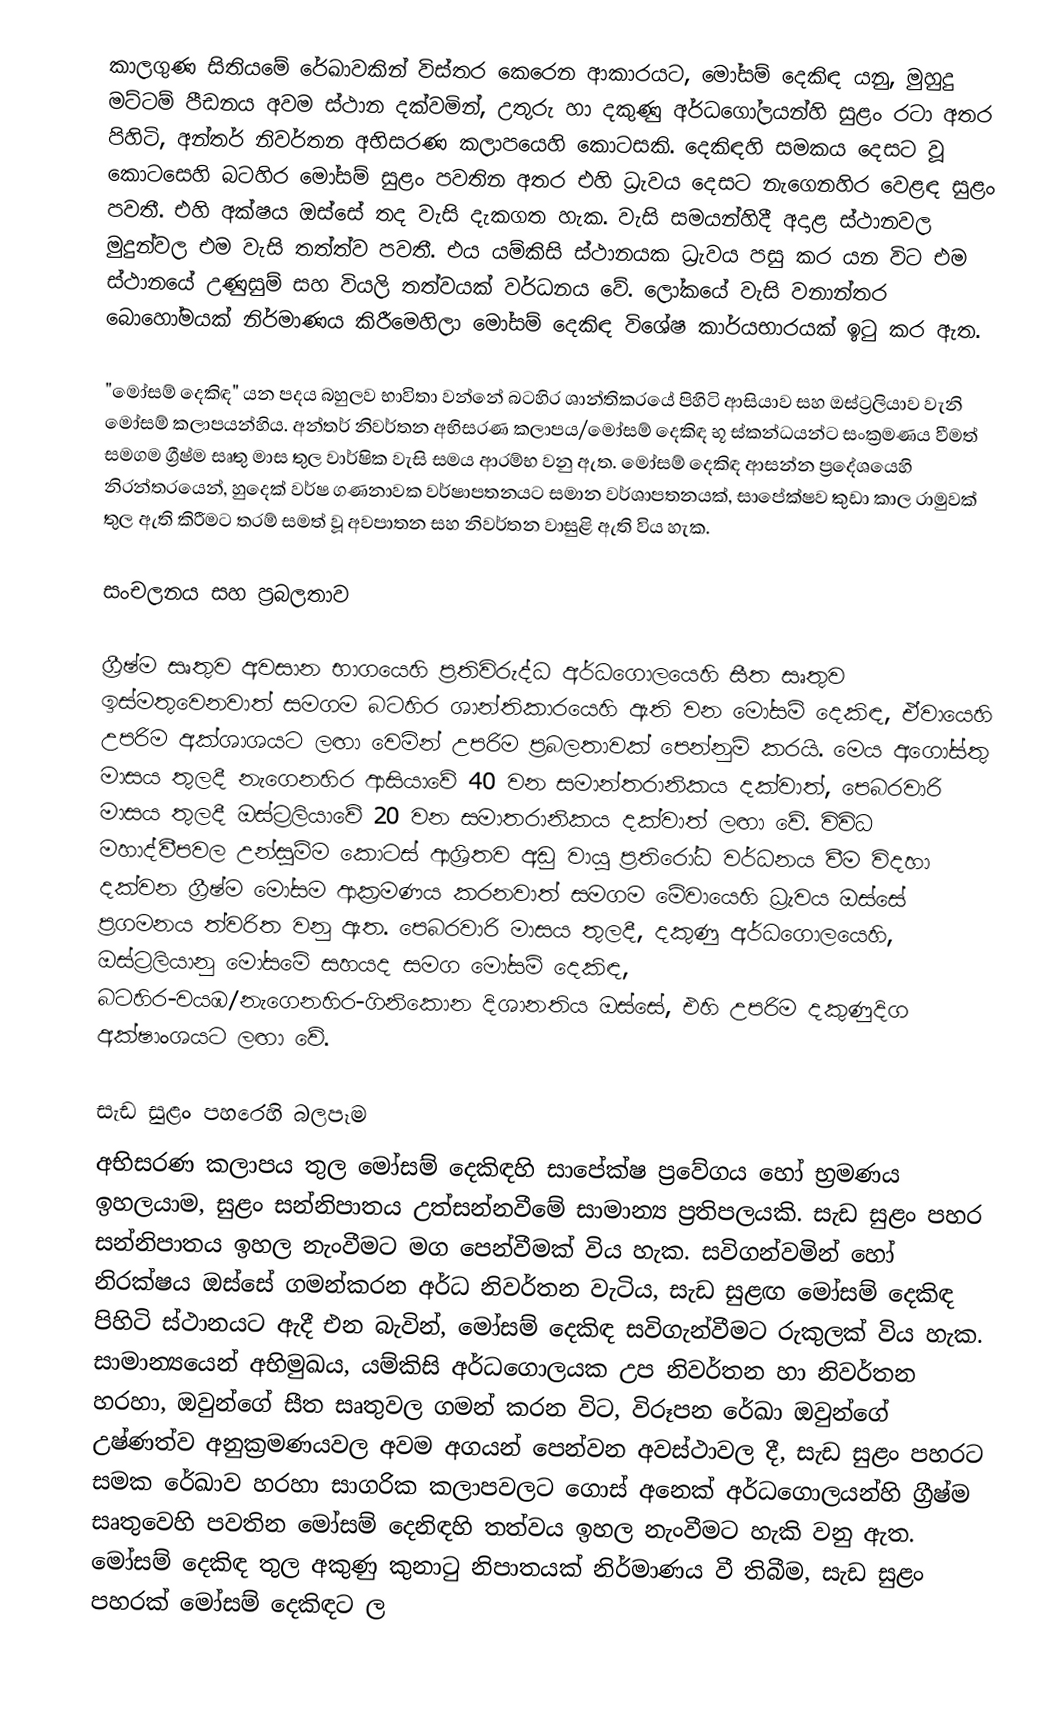
කාලගුණ සිතියමේ රේඛාවකින් විස්තර කෙරෙන ආකාරයට, මෝසම් දෙකිඳ යනු, මුහුදු මට්ටම්  පීඩනය අවම ස්ථාන දක්වමින්, උතුරු හා දකුණු අර්ධගෝලයන්හි සුළං රටා අතර පිහිටි, අන්තර් නිවර්තන අභිසරණ කලාපයෙහි කොටසකි. දෙකිඳහි සමකය දෙසට වූ කොටසෙහි බටහිර මෝසම් සුළං පවතින අතර එහි ධ්‍රැවය දෙසට නැගෙනහිර වෙළඳ සුළං පවතී. එහි අක්ෂය ඔස්සේ තද වැසි දැකගත හැක. වැසි සමයන්හිදී අදාළ ස්ථානවල මුදුන්වල එම වැසි තත්ත්ව පවතී. එය යම්කිසි ස්ථානයක ධ්‍රැවය පසු කර යන විට එම ස්ථානයේ උණුසුම් සහ වියලි තත්වයක් වර්ධනය වේ. ලෝකයේ වැසි වනාන්තර බොහෝමයක් නිර්මාණය කිරීමෙහිලා මෝසම් දෙකිඳ විශේෂ කාර්යභාරයක් ඉටු කර ඇත.

"මෝසම් දෙකිඳ" යන පදය බහුලව භාවිතා වන්නේ බටහිර ශාන්තිකරයේ පිහිටි ආසියාව සහ ඔස්ට්‍රලියාව වැනි මෝසම් කලාපයන්හිය.  අන්තර් නිවර්තන අභිසරණ කලාපය/මෝසම් දෙකිඳ භූ ස්කන්ධයන්ට සංක්‍රමණය වීමත් සමගම ග්‍රීෂ්ම සෘතු මාස තුල වාර්ෂික වැසි සමය ආරම්භ වනු ඇත. මෝසම් දෙකිඳ ආසන්න ප්‍රදේශයෙහි නිරන්තරයෙන්, හුදෙක් වර්ෂ ගණනාවක වර්ෂාපතනයට සමාන වර්ශාපතනයක්, සාපේක්ෂව කුඩා කාල රාමුවක් තුල ඇති කිරීමට තරම් සමත් වූ අවපාතන සහ නිවර්තන වාසුළි ඇති විය හැක.

සංචලනය සහ ප්‍රබලතාව

ග්‍රීෂ්ම සෘතුව අවසාන භාගයෙහි ප්‍රතිවිරුද්ධ අර්ධගොලයෙහි සීත සෘතුව ඉස්මතුවෙනවාත් සමගම බටහිර ශාන්තිකාරයෙහි ඇති වන මෝසම් දෙකිඳ, ඒවායෙහි උපරිම අක්ශාශයට ලඟා වෙමින් උපරිම ප්‍රබලතාවක් පෙන්නුම් කරයි. මෙය අගෝස්තු මාසය තුලදී නැගෙනහිර ආසියාවේ 40 වන සමාන්තරානිකය දක්වාත්, පෙබරවාරි මාසය තුලදී ඔස්ට්‍රලියාවේ 20 වන සමාතරානිකය දක්වාත් ලඟා වේ. විවිධ මහාද්වීපවල උන්සුම්ම කොටස් ආශ්‍රිතව අඩු වායු ප්‍රතිරෝධ වර්ධනය වීම විදහා දක්වන ග්‍රීෂ්ම මෝසම ආක්‍රමණය කරනවාත් සමගම මේවායෙහි ධ්‍රැවය ඔස්සේ ප්‍රගමනය ත්වරිත වනු ඇත. පෙබරවාරි මාසය තුලදී, දකුණු අර්ධගොලයෙහි, ඔස්ට්‍රලියානු මෝසමේ සහයද සමග මෝසම් දෙකිඳ, බටහිර-වයඹ/නැගෙනහිර-ගිනිකොන දිශානතිය ඔස්සේ, එහි උපරිම දකුණුදිග අක්ෂාංශයට ලඟා වේ.

සැඩ සුළං පහරෙහි බලපෑම
අභිසරණ කලාපය තුල මෝසම් දෙකිඳහි සාපේක්ෂ ප්‍රවේගය හෝ භ්‍රමණය ඉහලයාම, සුළං සන්නිපාතය උත්සන්නවීමේ සාමාන්‍ය ප්‍රතිපලයකි. සැඩ සුළං පහර සන්නිපාතය ඉහල නැංවීමට මග පෙන්වීමක් විය හැක. සවිගන්වමින් හෝ නිරක්ෂය ඔස්සේ ගමන්කරන අර්ධ නිවර්තන වැටිය, සැඩ සුළඟ මෝසම් දෙකිඳ පිහිටි ස්ථානයට ඇදී එන බැවින්, මෝසම් දෙකිඳ සවිගැන්වීමට රුකුලක් විය හැක. සාමාන්‍යයෙන් අභිමුඛය, යම්කිසි අර්ධගොලයක උප නිවර්තන හා නිවර්තන හරහා, ඔවුන්ගේ සීත සෘතුවල ගමන් කරන විට, විරූපන රේඛා ඔවුන්ගේ උෂ්ණත්ව අනුක්‍රමණයවල අවම අගයන් පෙන්වන අවස්ථාවල දී, සැඩ සුළං පහරට සමක රේඛාව හරහා සාගරික කලාපවලට ගොස් අනෙක් අර්ධගොලයන්හි ග්‍රීෂ්ම සෘතුවෙහි පවතින  මෝසම් දෙනිඳහි තත්වය ඉහල නැංවීමට හැකි වනු ඇත. මෝසම් දෙකිඳ තුල අකුණු කුනාටු නිපාතයක් නිර්මාණය වී තිබීම, සැඩ සුළං පහරක් මෝසම් දෙකිඳට ල